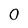
Character: 0